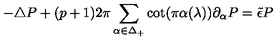
- \triangle P + ( p + 1 ) 2 \pi \sum _ { \alpha \in \Delta _ { + } } \cot ( \pi \alpha ( \lambda ) ) \partial _ { \alpha } P = \tilde { \epsilon } P